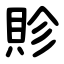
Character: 䝩